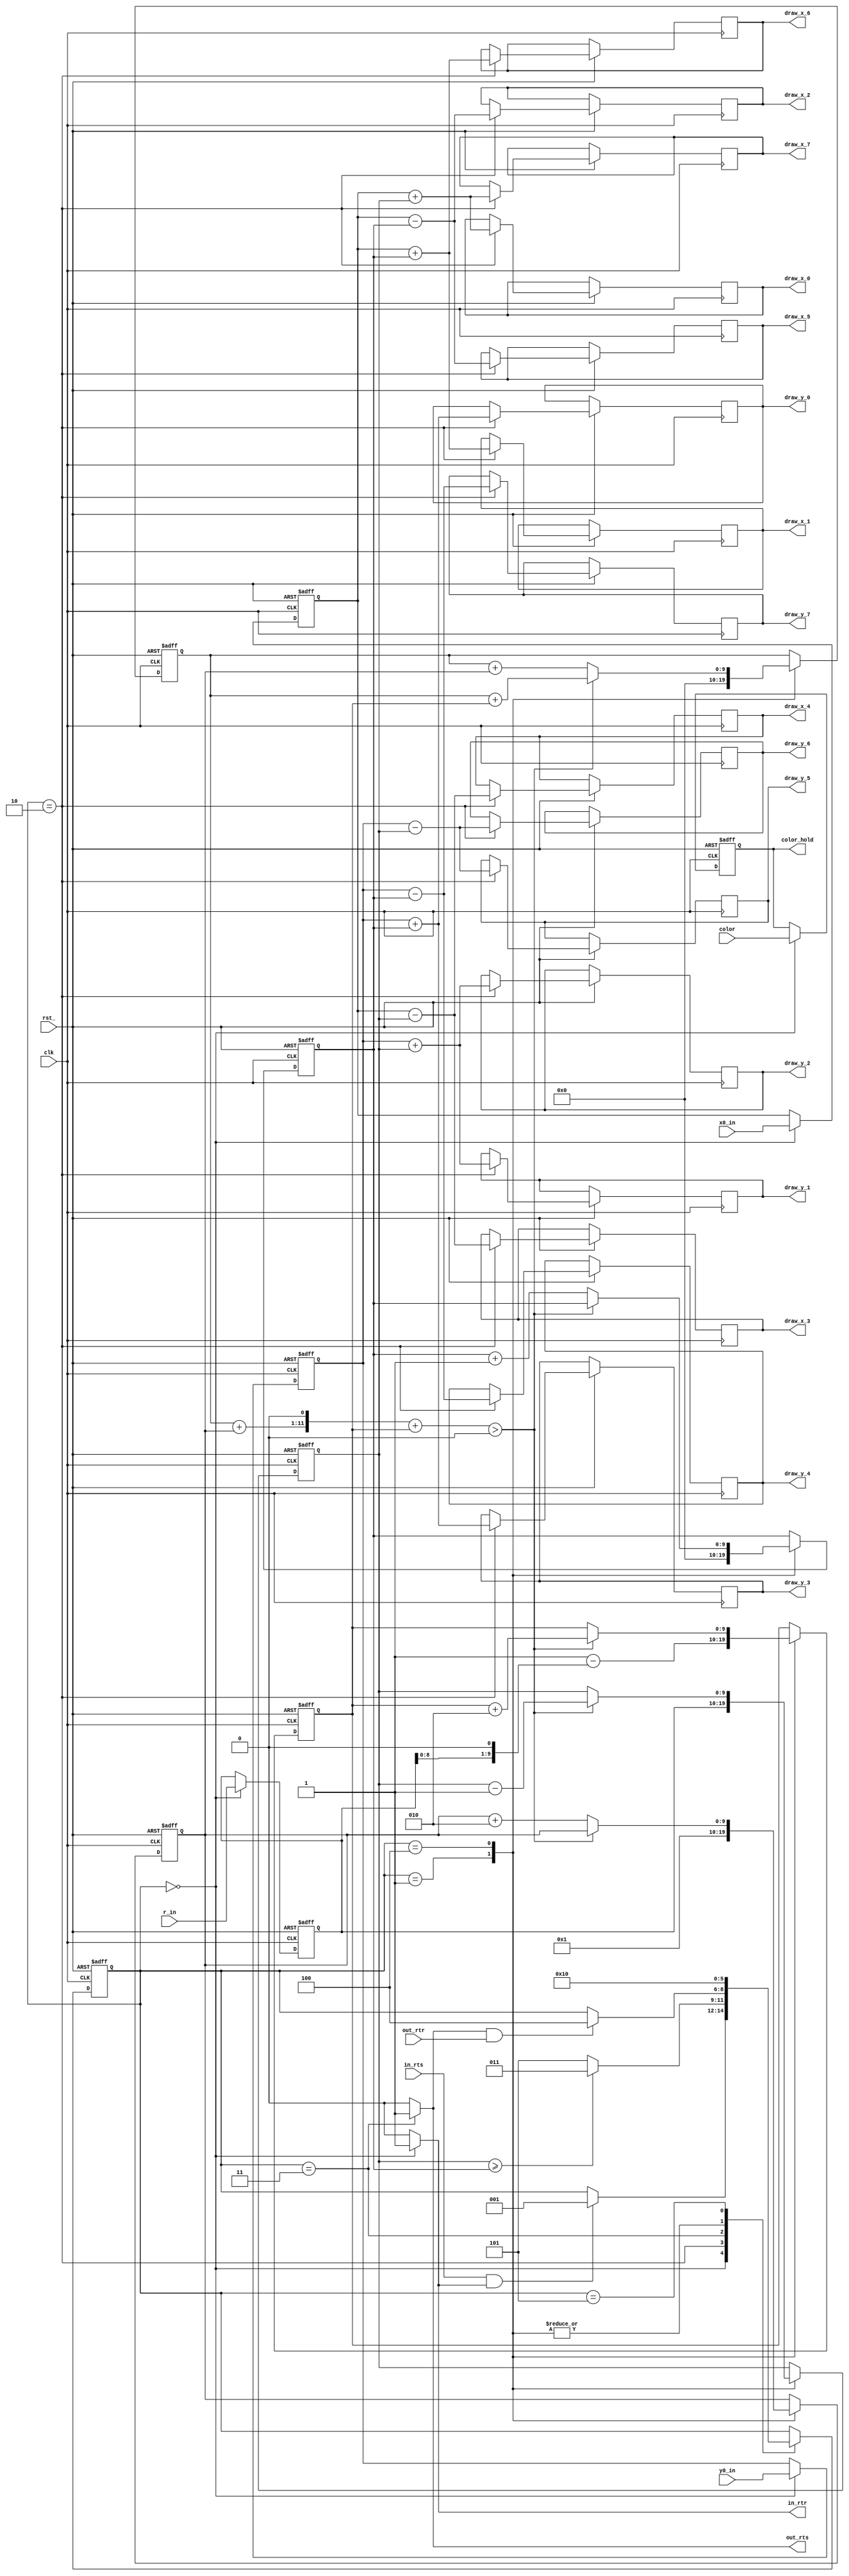
`timescale 1ns / 1ps

`define C_START_STATE         0
`define C_INIT_STATE          1
`define C_PRE_DRAW_STATE      2
`define C_DRAW_STATE          3
`define C_DRAW_SETUP_STATE    4
`define C_END_STATE           5

module circle_drawer(

    // clock and sync reset
    input clk,
    input rst_,

    // circle values
    input [9:0] x0_in,
    input [9:0] y0_in,
    input [9:0] r_in,
    input [11:0] color,

    // input interface
    input  in_rts,
    output in_rtr,

    // output interface
    output  out_rts,
    input   out_rtr,

    output reg [9:0] draw_x_0, draw_x_1, draw_x_2, draw_x_3,
    output reg [9:0] draw_x_4, draw_x_5, draw_x_6, draw_x_7,

    output reg [9:0] draw_y_0, draw_y_1, draw_y_2, draw_y_3,
    output reg [9:0] draw_y_4, draw_y_5, draw_y_6, draw_y_7,
    output reg [11:0] color_hold
);

    reg [9:0] x0_hold;
    reg [9:0] y0_hold;
    reg [9:0] r_hold;

    // Circle Drawing Variables
    reg [9:0] x, y;

    // Circle Drawing Components
    reg [2:0] state;
    reg signed [9:0] dx, dy;
    reg signed [9:0] error;

    // Transfer completes
    wire in_xfc, out_xfc;
    assign in_xfc  = in_rts  & in_rtr;
    assign out_xfc = out_rts & out_rtr;

    // Ready to recieve when in start state
    assign in_rtr  = (state == `C_START_STATE) ? (1) : (0);

    // Ready to send when in draw state
    assign out_rts = (state == `C_DRAW_STATE) ? (1) : (0);

    // State machine
    always @ (posedge clk or negedge rst_)
    begin
        if (!rst_)
            state <= `C_START_STATE;

        else
        begin

            case (state)
                `C_START_STATE:
                begin
                    if (in_xfc)
                        state <= `C_INIT_STATE;
                end

                `C_INIT_STATE:
                    state <= `C_PRE_DRAW_STATE;

                `C_PRE_DRAW_STATE:
                    state <= (x >= y) ? `C_DRAW_STATE : `C_END_STATE;

                `C_DRAW_STATE:
                begin
                    if (out_xfc)
                        state <= `C_DRAW_SETUP_STATE;
                end

                `C_DRAW_SETUP_STATE:
                    state <= `C_PRE_DRAW_STATE;

                `C_END_STATE:
                    state <= `C_START_STATE;
            endcase

        end
    end

    // Drawing Engine
    always @ (posedge clk or negedge rst_)
    begin

        if (!rst_)
        begin
            x <= 0;
            y <= 0;
            dx <= 0;
            dy <= 0;
            error <= 0;
            x0_hold <= 0;
            y0_hold <= 0;
            r_hold <= 0;
            color_hold <= 0;
        end

        else
        begin
            case (state)
                `C_START_STATE:
                begin
                    x0_hold <= x0_in;
                    y0_hold <= y0_in;
                    r_hold <= r_in;
                    color_hold <= color;
                end

                `C_INIT_STATE:
                begin
                    x  <= r_hold;
                    y  <= 0;
                    dx <= 1 - (r_hold << 1);
                    dy <= 1;
                    error <= 0;
                end

                `C_PRE_DRAW_STATE:
                begin
                    draw_x_0 <= x0_hold + x; draw_y_0 <= y0_hold + y;
                    draw_x_1 <= x0_hold + y; draw_y_1 <= y0_hold + x;
                    draw_x_2 <= x0_hold - y; draw_y_2 <= y0_hold + x;
                    draw_x_3 <= x0_hold - x; draw_y_3 <= y0_hold + y;
                    draw_x_4 <= x0_hold - x; draw_y_4 <= y0_hold - y;
                    draw_x_5 <= x0_hold - y; draw_y_5 <= y0_hold - x;
                    draw_x_6 <= x0_hold + y; draw_y_6 <= y0_hold - x;
                    draw_x_7 <= x0_hold + x; draw_y_7 <= y0_hold - y;
                end

                `C_DRAW_SETUP_STATE:
                begin
                    if ( (((error + dy) << 1) + dx) > 0 )
                    begin
                        x <= x - 1;
                        error <= error + dx;
                        dx <= dx + 2;
                    end

                    else
                    begin
                        y <= y + 1;
                        error <= error + dy;
                        dy <= dy + 2;
                    end
                end
            endcase

        end
    end

endmodule